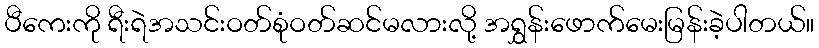
ပီကေးကို ရီးရဲအသင်းဝတ်စုံဝတ်ဆင်မလားလို့ အရွှန်းဖောက်မေးမြန်းခဲ့ပါတယ်။